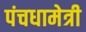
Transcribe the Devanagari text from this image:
पंचधामेत्री